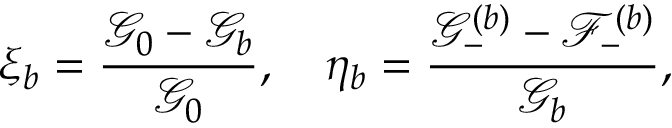
\xi _ { b } = \frac { \mathcal { G } _ { 0 } - \mathcal { G } _ { b } } { \mathcal { G } _ { 0 } } , \quad \eta _ { b } = \frac { \mathcal { G } _ { - } ^ { ( b ) } - \mathcal { F } _ { - } ^ { ( b ) } } { \mathcal { G } _ { b } } ,